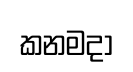
කනමදා